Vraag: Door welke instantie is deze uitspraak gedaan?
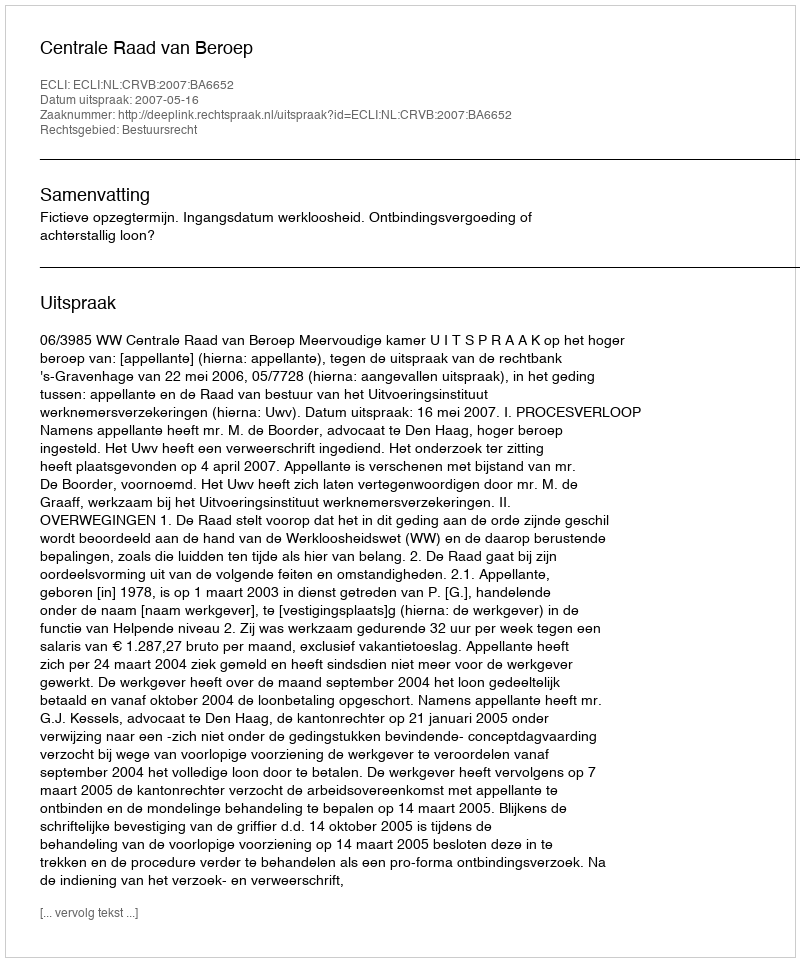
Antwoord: Centrale Raad van Beroep